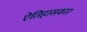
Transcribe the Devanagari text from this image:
ऐतिहासकार